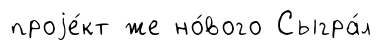
проjе́кт же но́вого Сыгра́л